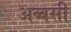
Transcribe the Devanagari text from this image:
अब्बसी